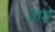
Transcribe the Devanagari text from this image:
जवे